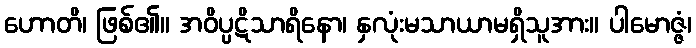
ဟောတိ၊ ဖြစ်၏။ အဝိပ္ပဋိသာရိနော၊ နှလုံးမသာယာမရှိသူအား။ ပါမောဇ္ဇံ၊